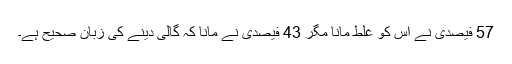
57 فیصدی نے اس کو غلط مانا مگر 43 فیصدی نے مانا کہ گالی دینے کی زبان صحیح ہے۔